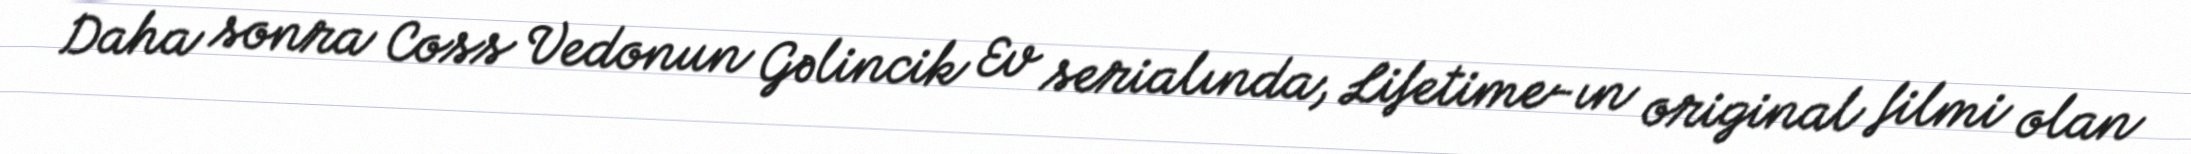
Daha sonra Coss Vedonun Gəlincik Ev serialında, Lifetime-ın original filmi olan